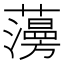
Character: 𧂧